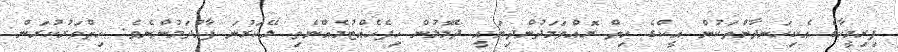
ފިރިމީހާގެ އެކިހަނދާންތަކުން އީކްގެ ހިތް ރޮއްވަމަދުންދިޔައީ ދެލޮލުން ހިފެހެއްޓުމެއްނެތި ލޭކަރުނަ ފާއްދަމުންނެވެ. ހިތްވަރުކުރަން